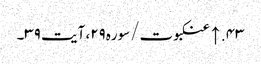
۴۳. ↑ عنکبوت/سوره۲۹، آیت ۳۹۔